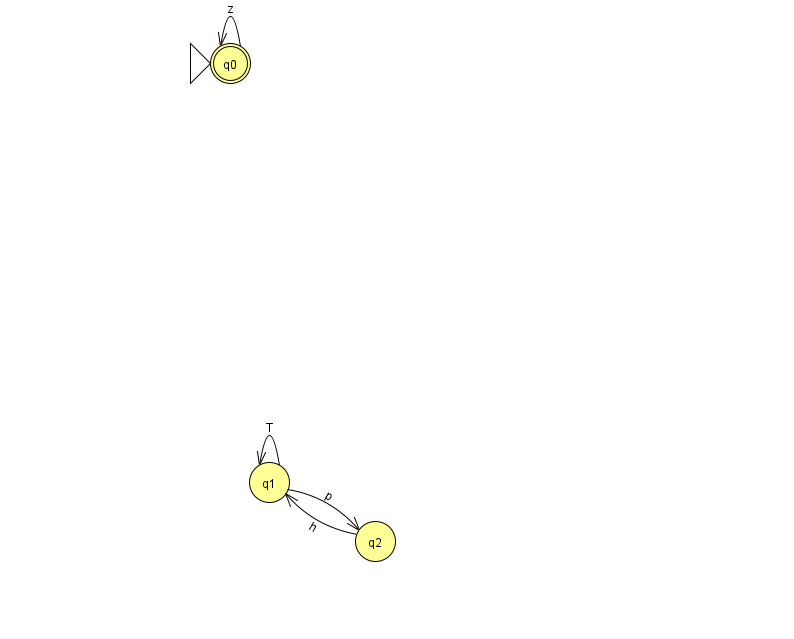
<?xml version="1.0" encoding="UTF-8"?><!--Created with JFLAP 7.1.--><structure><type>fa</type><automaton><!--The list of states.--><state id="0" name="q0"><x>230.0</x><y>50.0</y><initial/><final/></state><state id="1" name="q1"><x>269.0</x><y>469.0</y></state><state id="2" name="q2"><x>375.0</x><y>528.0</y></state><!--The list of transitions.--><transition><from>1</from><to>2</to><read>p</read></transition><transition><from>1</from><to>1</to><read>T</read></transition><transition><from>2</from><to>1</to><read>h</read></transition><transition><from>0</from><to>0</to><read>z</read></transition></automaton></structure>